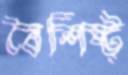
বৈশিষ্ট্